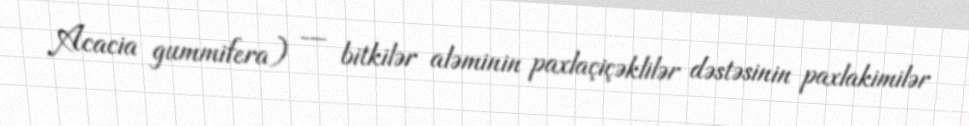
Acacia gummifera) — bitkilər aləminin paxlaçiçəklilər dəstəsinin paxlakimilər